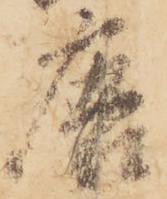
唐